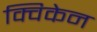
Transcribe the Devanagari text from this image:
क्विकेन